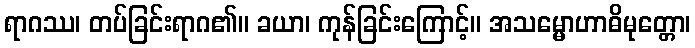
ရာဂဿ၊ တပ်ခြင်းရာဂ၏။ ခယာ၊ ကုန်ခြင်းကြောင့်။ အသမ္မောဟာဓိမုတ္တော၊